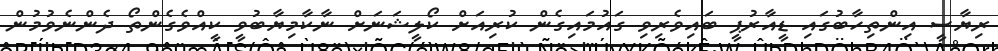
ރިޔާސީ އިންތިހާބުގައި ޑީއާރުޕީ ބައިވެރިވި ގައުމައިގެން ކުރިއަށް ކޯލީޝަނަށް ނާކާމިޔާބުވީ ކީއްވެގެންތޯ ދެންނެވުމުން